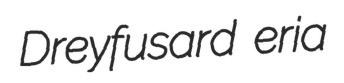
Dreyfusard eria